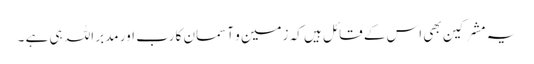
یہ مشرکین بھی اس کے قائل ہیں کہ زمین و آسمان کا رب اور مدبر اللہ ہی ہے ۔